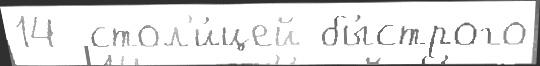
14  стол'и́цей бы́строго